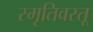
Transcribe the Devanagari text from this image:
स्मृतिवस्तू